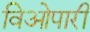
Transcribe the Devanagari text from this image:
विओपारी